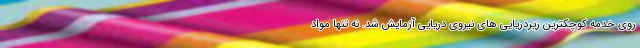
روی خدمه کوچکترین زیردریایی های نیروی دریایی آزمایش شد. نه تنها مواد